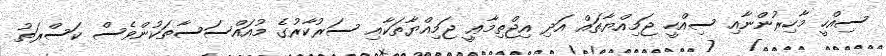
ސިއްހީ މާހިރުންނާއި ސިއްހީ ޖަމިއްޔާތައް އަދި އިޖްތިމާޢީ ޖަމިއްޔާތަކާއި ސަރުކާރުގެ މުއައްސަސާތަކުންވެސް ކަސްރަތު